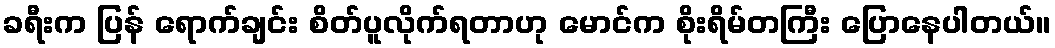
ခရီးက ပြန် ရောက်ချင်း စိတ်ပူလိုက်ရတာဟု မောင်က စိုးရိမ်တကြီး ပြောနေပါတယ်။